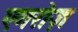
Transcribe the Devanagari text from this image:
एगरोज़